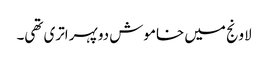
لاونج میں خاموش دوپہر اتری تھی۔